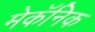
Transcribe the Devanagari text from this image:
मेकॅनिक